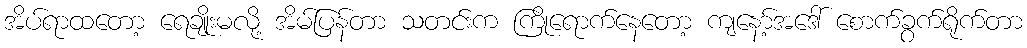
အိပ်ရာထတော့ ရေချိုးမလို့ အိမ်ပြန်တာ သတင်းက ကြိုရောက်နေတော့ ကျနော့်အဒေါ် စောက်ခွက်ရိုက်တာ